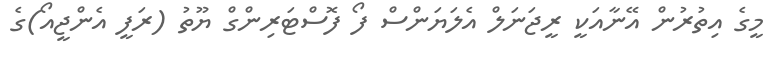
މީގެ އިތުރުން އޭނާއަކީ ރީޖަނަލް އެލަޔަންސް ފޯ ފޮސްޓަރިންގް ޔޫތު (ރަފީ އެންޖީއޯ)ގެ